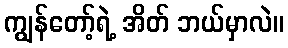
ကျွန်တော့်ရဲ့ အိတ် ဘယ်မှာလဲ။